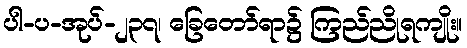
ပါ-ပ-အုပ်-၂၃၇၊ ခြေတော်ရာ၌ ကြည်ညိုရကျိုး။